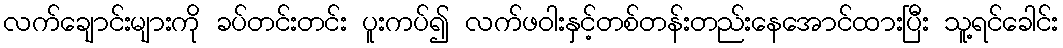
လက်ချောင်းများကို ခပ်တင်းတင်း ပူးကပ်၍ လက်ဖဝါးနှင့်တစ်တန်းတည်းနေအောင်ထားပြီး သူ့ရင်ခေါင်း